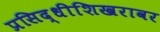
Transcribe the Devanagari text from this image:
प्रसिद्धीशिखरावर